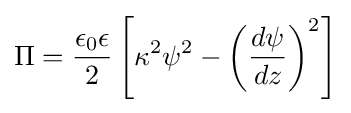
\Pi ={\frac {\epsilon _{0}\epsilon }{2}}\left[\kappa ^{2}\psi ^{2}-\left({\frac {d\psi }{dz}}\right)^{2}\right]